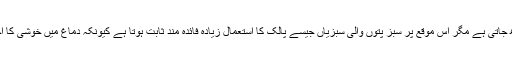
جب انسان ذہنی تناؤ کا شکار ہوتا ہے تو اس کے اندر فاسٹ یا جنک فوڈ کی خواہش بھی بڑھ جاتی ہے مگر اس موقع پر سبز پتوں والی سبزیاں جیسے پالک کا استعمال زیادہ فائدہ مند ثابت ہوتا ہے کیونکہ دماغ میں خوشی کا احساس پیدا کرنے والے کیمیکل ڈوپامائن کی مقدار بڑھاتا ہے جو آپ کو پرسکون کردیتا ہے۔